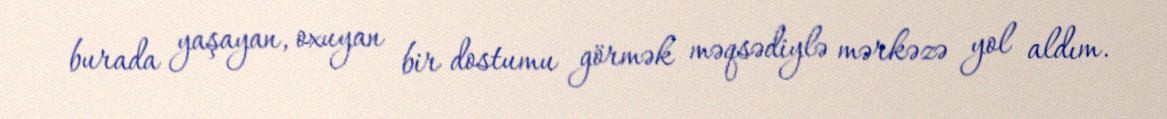
burada yaşayan, oxuyan bir dostumu görmək məqsədiylə mərkəzə yol aldım.